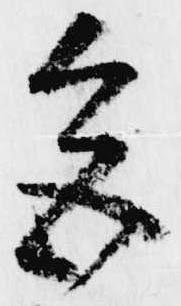
色